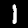
Label: 1